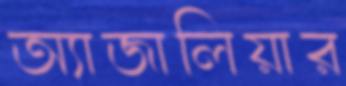
অ্যাজালিয়ার